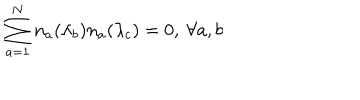
\sum _ { a = 1 } ^ { N } n _ { a } ( \lambda _ { b } ) n _ { a } ( \lambda _ { c } ) = 0 , \ \forall a , b